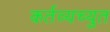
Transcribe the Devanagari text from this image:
कर्तव्यच्युत